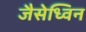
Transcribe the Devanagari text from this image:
जैसेध्विन